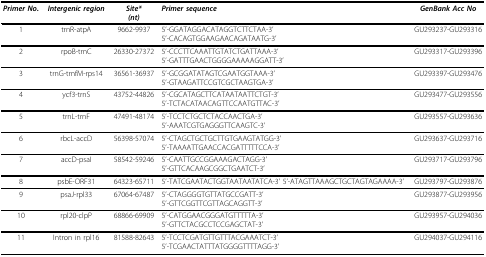
<table><thead><tr><td><b><i>Primer No.</i></b></td><td><b><i>Intergenic region</i></b></td><td><b><i>Site*</i><i>(nt)</i></b></td><td><b><i>Primer sequence</i></b></td><td><b><i>GenBank Acc No</i></b></td></tr></thead><tbody><tr><td>1</td><td>trnR-atpA</td><td>9662-9937</td><td>5&#x27;-GGATAGGACATAGGTCTTCTAA-3&#x27;5&#x27;-CACAGTGGAAGAACAGATAATG-3&#x27;</td><td>GU293237-GU293316</td></tr><tr><td>2</td><td>rpoB-trnC</td><td>26330-27372</td><td>5&#x27;-CCCTTCAAATTGTATCTGATTAAA-3&#x27;5&#x27;-GATTTGAACTGGGGAAAAAGGATT-3&#x27;</td><td>GU293317-GU293396</td></tr><tr><td>3</td><td>trnG-trnfM-rps14</td><td>36561-36937</td><td>5&#x27;-GCGGATATAGTCGAATGGTAAA-3&#x27;5&#x27;-GTAAGATTCCGTCGCTAAGTGA-3&#x27;</td><td>GU293397-GU293476</td></tr><tr><td>4</td><td>ycf3-trnS</td><td>43752-44826</td><td>5&#x27;-CGCATAGCTTCATAATAATTCTGT-3&#x27;5&#x27;-TCTACATAACAGTTCCAATGTTAC-3&#x27;</td><td>GU293477-GU293556</td></tr><tr><td>5</td><td>trnL-trnF</td><td>47491-48174</td><td>5&#x27;-TCCTCTGCTCTACCAACTGA-3&#x27;5&#x27;-AAATCGTGAGGGTTCAAGTC-3&#x27;</td><td>GU293557-GU293636</td></tr><tr><td>6</td><td>rbcL-accD</td><td>56398-57074</td><td>5&#x27;-CTAGCTGCTGCTTGTGAAGTATGG-3&#x27;5&#x27;-TAAAATTGAACCACGATTTTTCCA-3&#x27;</td><td>GU293637-GU293716</td></tr><tr><td>7</td><td>accD-psaI</td><td>58542-59246</td><td>5&#x27;-CAATTGCCGGAAAGACTAGG-3&#x27;5&#x27;-GTTCACAAGCGGCTGAATCT-3&#x27;</td><td>GU293717-GU293796</td></tr><tr><td>8</td><td>psbE-ORF31</td><td>64323-65711</td><td>5&#x27;-TATCGAATACTGGTAATAATATCA-3&#x27; 5&#x27;-ATAGTTAAAGCTGCTAGTAGAAAA-3&#x27;</td><td>GU293797-GU293876</td></tr><tr><td>9</td><td>psaJ-rpl33</td><td>67064-67487</td><td>5&#x27;-CTAGGGGTGTTATGCCGATT-3&#x27;5&#x27;-GTTCGGTTCGTTAGCAGGTT-3&#x27;</td><td>GU293877-GU293956</td></tr><tr><td>10</td><td>rpl20-clpP</td><td>68866-69909</td><td>5&#x27;-CATGGAACGGGATGTTTTTA-3&#x27;5&#x27;-GTTCTACGCCTCCGAGCTAT-3&#x27;</td><td>GU293957-GU294036</td></tr><tr><td>11</td><td>Intron in rpl16</td><td>81588-82643</td><td>5&#x27;-TCCTCGATGTTGTTTACGAAATCT-3&#x27;5&#x27;-TCGAACTATTTATGGGGTTTTAGG-3&#x27;</td><td>GU294037-GU294116</td></tr></tbody></table>